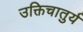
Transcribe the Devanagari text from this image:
उक्तिचातुर्य